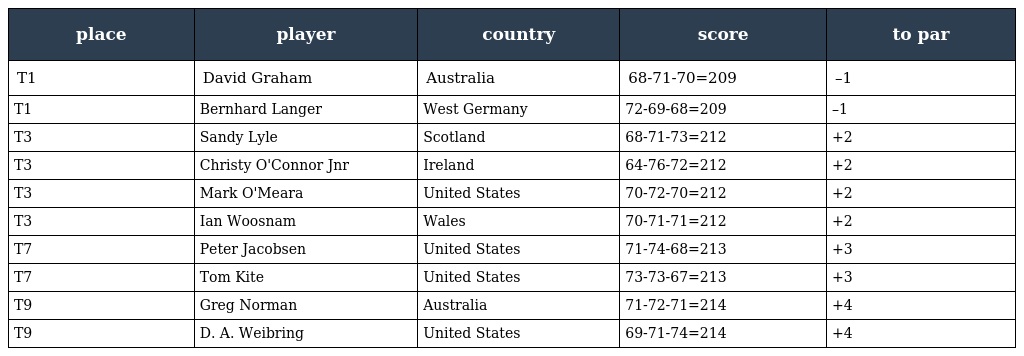
| place | player | country | score | to par |
 | --- | --- | --- | --- | --- |
 | T1 | David Graham | Australia | 68-71-70=209 | –1 |
 | T1 | Bernhard Langer | West Germany | 72-69-68=209 | –1 |
 | T3 | Sandy Lyle | Scotland | 68-71-73=212 | +2 |
 | T3 | Christy O'Connor Jnr | Ireland | 64-76-72=212 | +2 |
 | T3 | Mark O'Meara | United States | 70-72-70=212 | +2 |
 | T3 | Ian Woosnam | Wales | 70-71-71=212 | +2 |
 | T7 | Peter Jacobsen | United States | 71-74-68=213 | +3 |
 | T7 | Tom Kite | United States | 73-73-67=213 | +3 |
 | T9 | Greg Norman | Australia | 71-72-71=214 | +4 |
 | T9 | D. A. Weibring | United States | 69-71-74=214 | +4 |